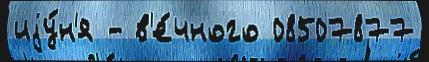
иjу́н'я - в'е́чного 08507877